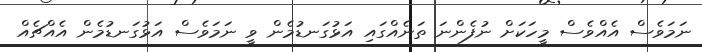
ނަމަވެސް އެއްވެސް މީހަކަށް ނުފެންނަ ތަނެއްގައި އަޅުގަނޑުމެން ވީ ނަމަވެސް އަޅުގަނޑުމެން އެއްޗެއް